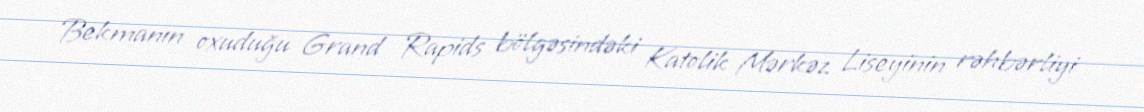
Bekmanın oxuduğu Grand Rapids bölgəsindəki Katolik Mərkəz Liseyinin rəhbərliyi